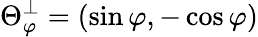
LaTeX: \Theta_{\varphi}^{\perp}=(\sin\varphi,-\cos\varphi)